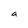
Character: a